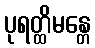
ပုရတ္ထိမန္တေ